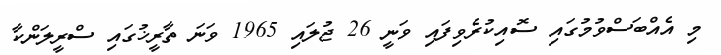
މި އެއްބަސްވުމުގައި ސޮއިކުރެވިފައި ވަނީ 26 ޖުލައި 1965 ވަނަ ތާރީޚުގައި ސްރީލަންކާ